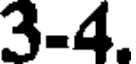
3-4.